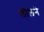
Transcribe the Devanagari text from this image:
लीलेने